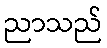
ညာသည်